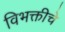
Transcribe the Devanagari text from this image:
विभक्तीचे